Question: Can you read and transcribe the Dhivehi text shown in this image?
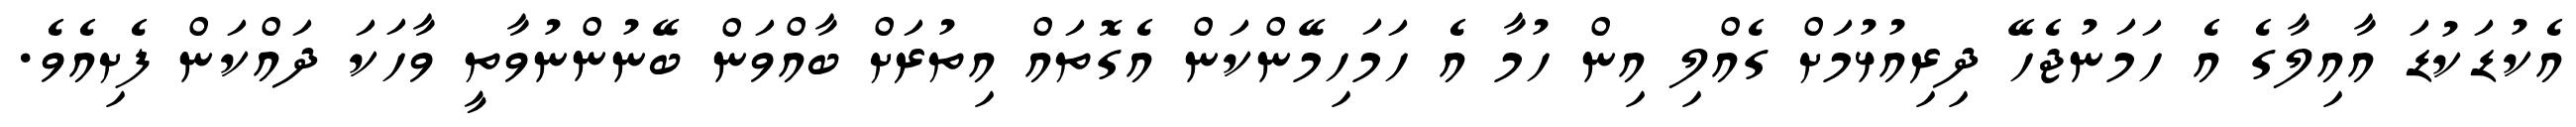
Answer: އެކުޑަކުޑަ އާއިލާގެ އެ ހަމަނުޖެހޭ ދިރިއުޅުމަށް ގެއްލި އިން ހުމާ އެ ހަމަހިމޭންކަން އެގޮތައް އިތުރަށް ބާއްވަން ބޭނުންނުވާތީ ވާހަކަ ދައްކަން ފެށިއެވެ.